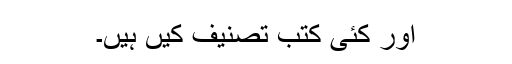
اور کئی کتب تصنیف کیں ہیں۔